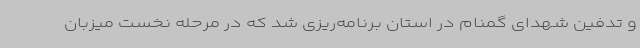
و تدفین شهدای گمنام در استان برنامه‌ریزی شد که در مرحله نخست میزبان